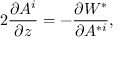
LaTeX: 2 \frac { \partial A ^ { i } } { \partial z } = - \frac { \partial { \cal W } ^ { * } } { \partial A ^ { * i } } ,